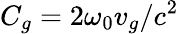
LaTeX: C_{g}=2\omega_{0}v_{g}/c^{2}